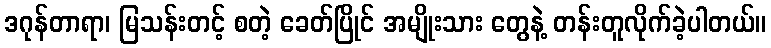
ဒဂုန်တာရာ၊ မြသန်းတင့် စတဲ့ ခေတ်ပြိုင် အမျိုးသား တွေနဲ့ တန်းတူလိုက်ခဲ့ပါတယ်။